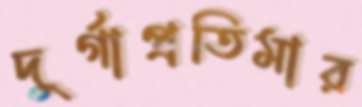
দুর্গাপ্রতিমার